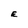
Character: E